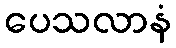
ပေသလာနံ